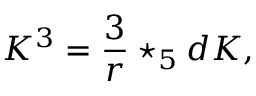
K ^ { 3 } = { \frac { 3 } { r } } \star _ { 5 } d K ,